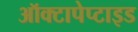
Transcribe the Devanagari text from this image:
ऑक्टापेप्टाइड